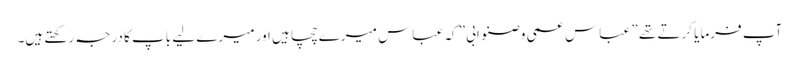
آپ فرمایا کرتے تھے ” عباس عمی وصنو ابی” کہ عباس میرے چچا ہیں اور میرے لیے باپ کا درجہ رکھتے ہیں۔